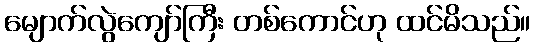
မျောက်လွဲကျော်ကြီး တစ်ကောင်ဟု ထင်မိသည်။